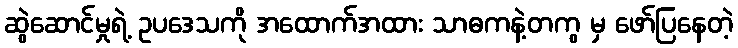
ဆွဲဆောင်မှုရဲ့ ဥပဒေသကို အထောက်အထား သာဓကနဲ့တကွ မှ ဖော်ပြနေတဲ့